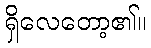
ရှိလေတော့၏။